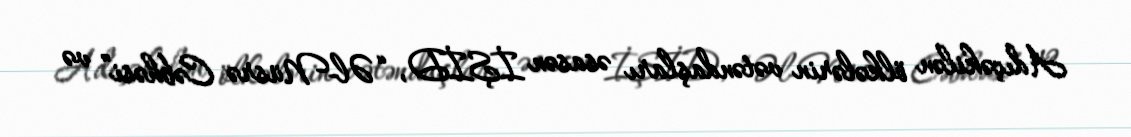
Adıçəkilən ölkələrin vətəndaşları əsasən İŞİD, “Əl-Nüsrə Cəbhəsi” və